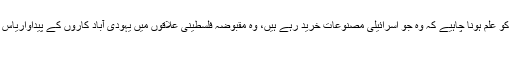
یورپی کمیشن کے مطابق آئندہ سے یورپی صارفین کو علم ہونا چاہیے کہ وہ جو اسرائیلی مصنوعات خرید رہے ہیں، وہ مقبوضہ فلسطینی علاقوں میں یہودی آباد کاروں کے پیداواریاس خبر کی تفصیل پڑھنے کیلئے یہاں پر کلک کیجئے
12/11/2015 - 12:38:56 :وقت اشاعت